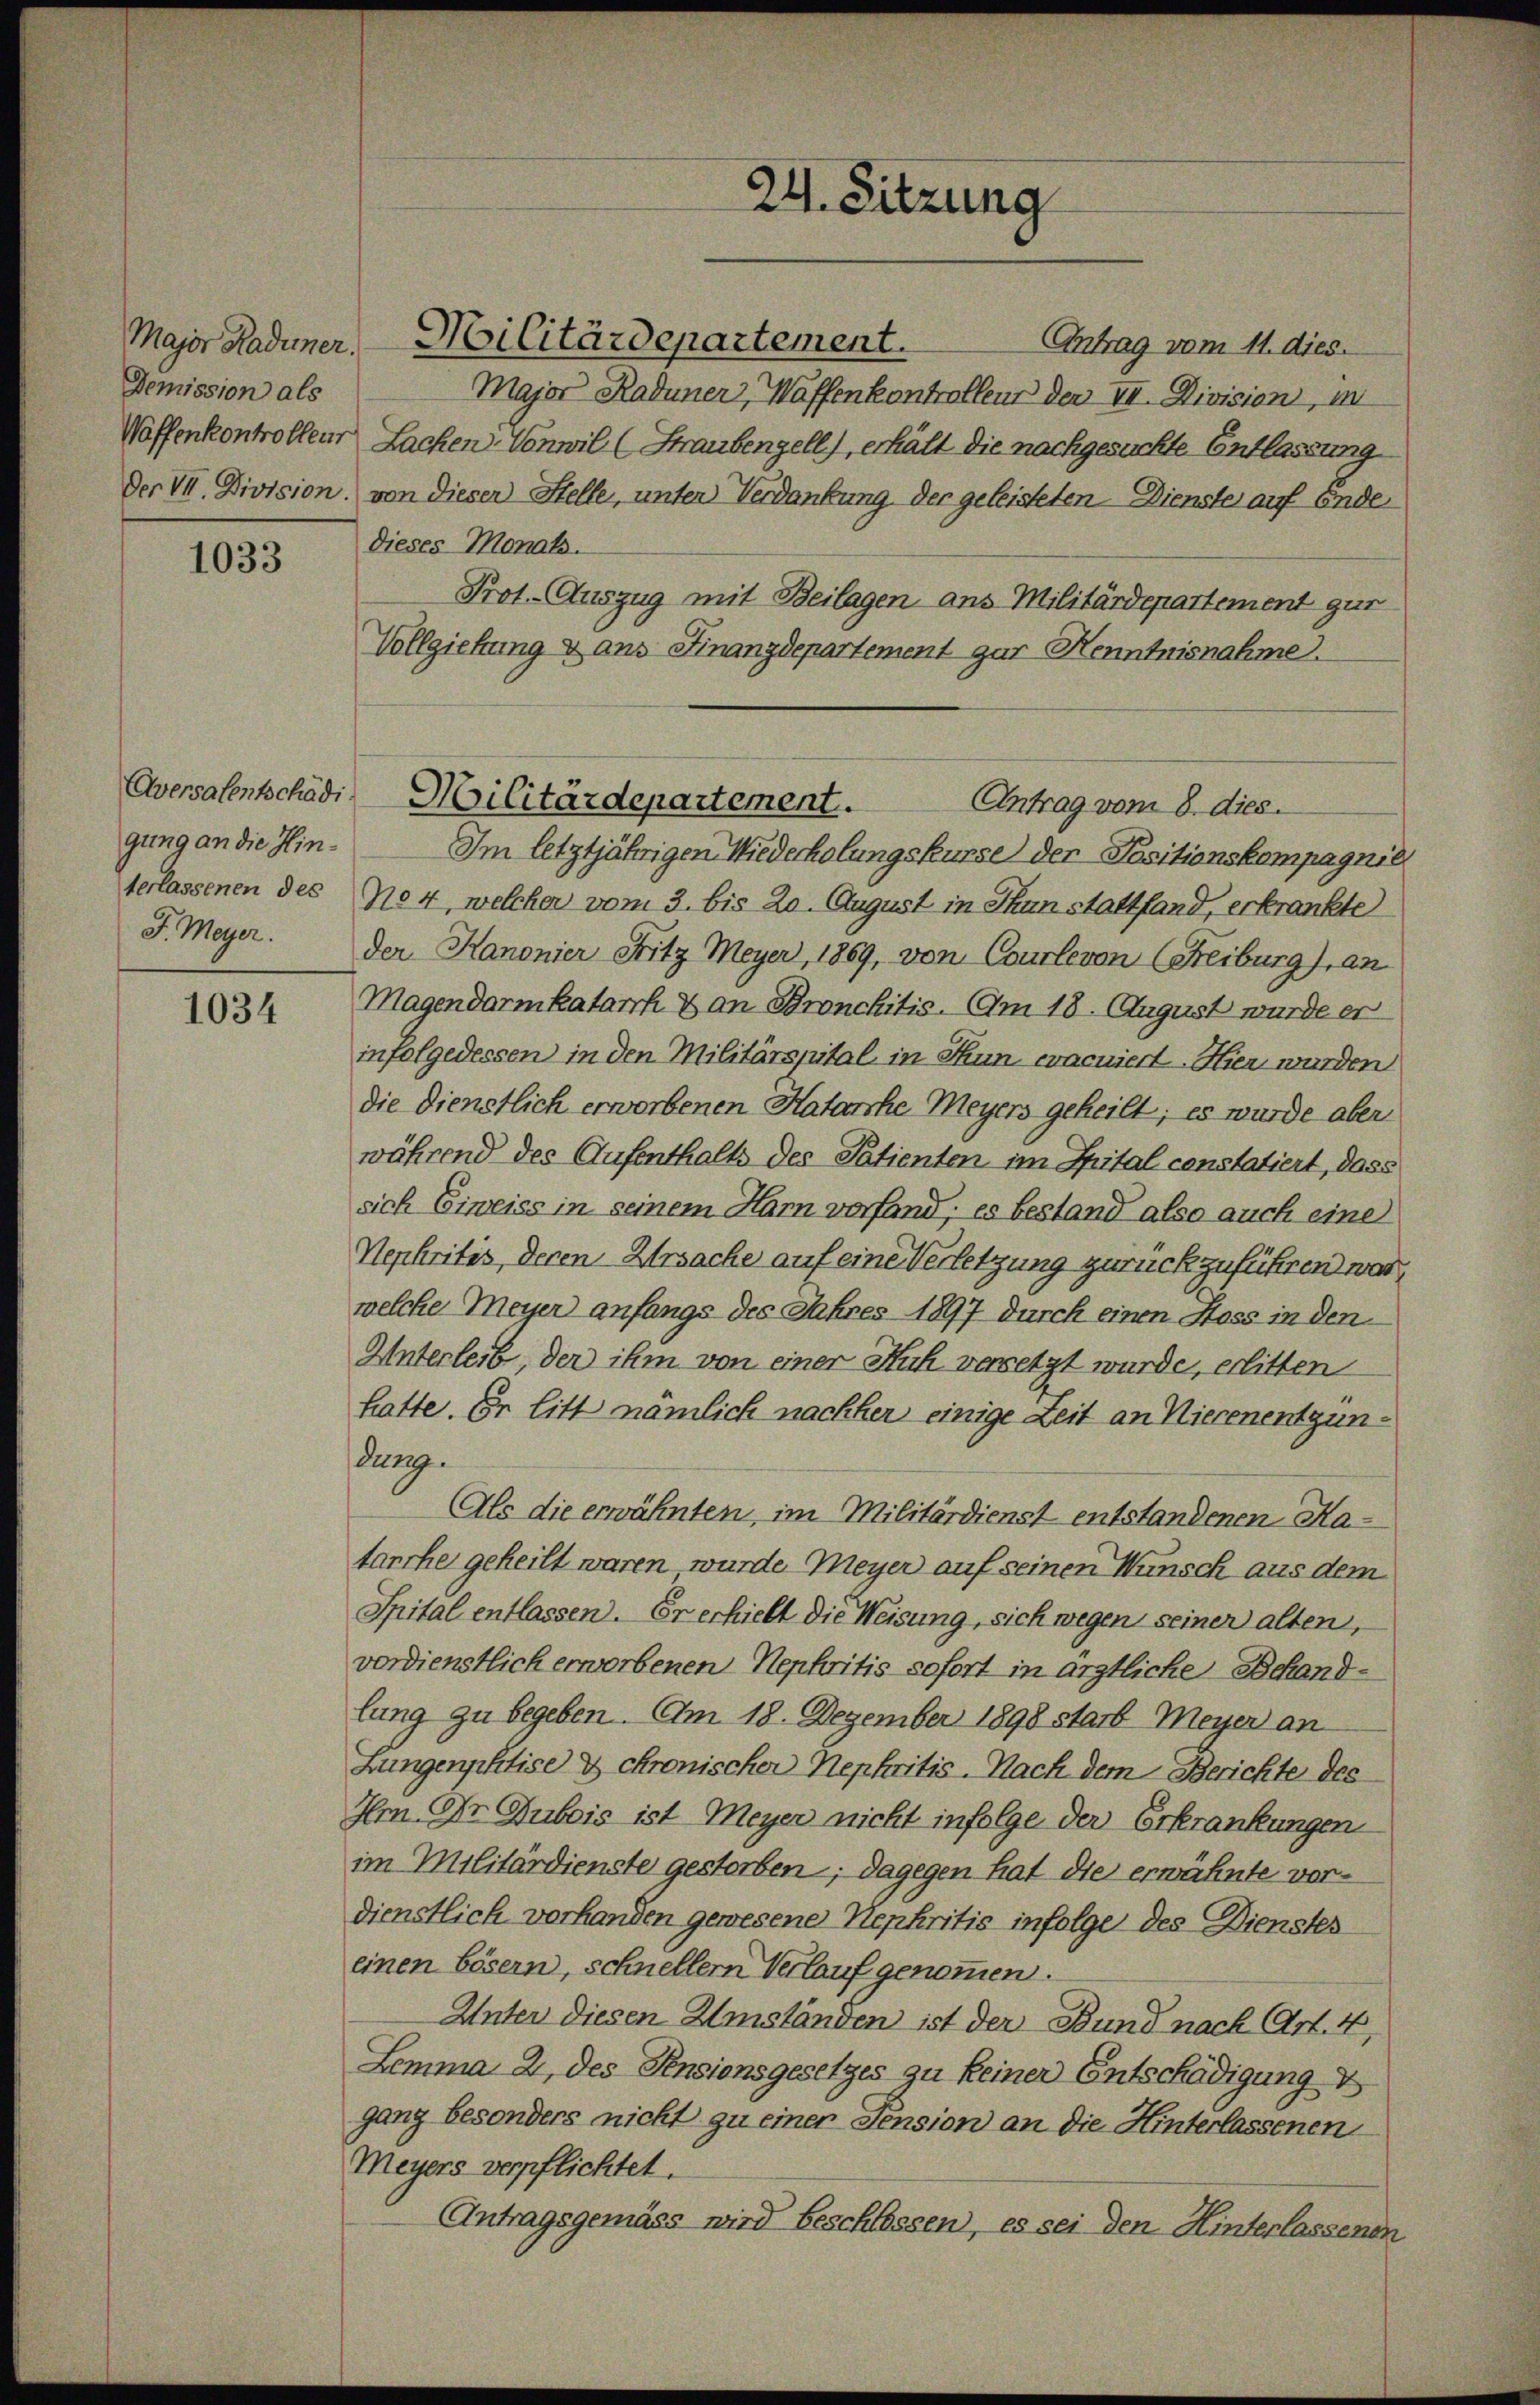
Demission als

1033

gung an die Hin¬

1034

Antrag vom 11. dies
Major Kadener Waffenkontrollen der VII. Division, m
Woffenkontrolleur Lachen-Vonwil (Straubengell), erhält die nachgesuchte Entlassung
Der VII. Division von dieser Stelle, unter Verdankung der geleisteten Dienste auf Ende
dieses Monats.
Prot. Auszug mit Beilagen ans Militärdepartement gut
Vollziehung & ans Finanzdepartement gar Henntnisnahme.
Im letztjährigen Wiederholungskurse der Positionskompagnie
terlassenen des No 4, welcher vom 3. bis 20. August in Thun stattfand, erkrankte
J. Meyer. Der Kanonier Fritz Meyer, 1869, von Courlevon (Freiburg), an
Magendarmkatarrh & an Bronchitis. Am 18. August wurde er
infolgedessen in den Militärspital in Thun, eracuiert. Hier wurden
die Dienstlich erworbenen Katarche Meyers geheilt; es wurde aber
während des Aufenthalts des Patienten im Spital constatiert, dass
sich Eiweiss in seinem Ham vorfand; es bestand also auch eine
Nepkritis, deren Ursache auf eine Verletzung zurückzuführen war,
welche Meyer anfangs des Jahres 1897 durch einen Stoss in den
Unterleib, der ihm von einer Kuh versetzt wurde, erlitten
hatte. En litt nämlich nachher einige Zeit an Nierenentgün:
Junz.
Als die erwähnten, im Militärdienst entstandenen Hatanche geheilt waren wurde Meyer auf seinen Wunsch aus dem
Spital entlassen. Er erhielt die Weisung, sich wegen seiner alten,
verdienstlich erworbenen Nepkritis sofort in ärztliche Behandlung zu begeben. Am 18. Dezember 1898 starb Meyer an
Lungenphtise & chronischer Nepkritis-Nach dem Berichte des
Im Ohr Dubois ist Meyer nicht infolge der Erkrankungen
im Militärdienste gestorben; dagegen hat die erwähnte vordienstlich vorhanden gewesene Nepkritis infolge des Dienstes
einen bösern, schnellern Verlauf genommen.
Unter diesen Umständen ist der Bund nach Art. 4,
Lemma 2 des Pensionsgesetzes zu keiner Entschädigung v
gang besonders nicht zu einer Pension an die Hinterlassenen
Meyers verpflichtet.
Antragsgemäss wird beschlossen, es sei den Hinterlassenen

Major Hadener, Militärdepartement.

24. Sitzung

Aversalentschädi Militärdepartement.
Antrag vom 8. dies.